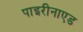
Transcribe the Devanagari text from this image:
पाइरीनाएड